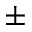
\pm